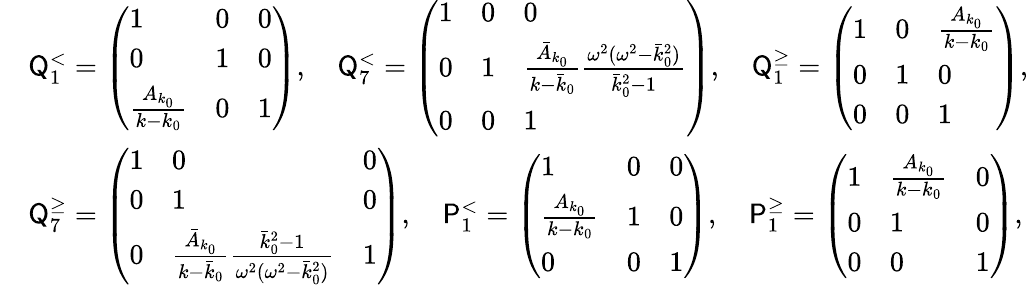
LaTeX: \begin{array}{rl}&{\mathsf{Q}_{1}^{<}=\left(\begin{array}{lll}{1}&{0}&{0}\\ {0}&{1}&{0}\\ {\frac{A_{k_{0}}}{k-k_{0}}}&{0}&{1}\end{array}\right),\quad\mathsf{Q}_{7}^{<}=\left(\begin{array}{lll}{1}&{0}&{0}\\ {0}&{1}&{\frac{\bar{A}_{k_{0}}}{k-\bar{k}_{0}}\frac{\omega^{2}(\omega^{2}-\bar{k}_{0}^{2})}{\bar{k}_{0}^{2}-1}}\\ {0}&{0}&{1}\end{array}\right),\quad\mathsf{Q}_{1}^{\geq}=\left(\begin{array}{lll}{1}&{0}&{\frac{A_{k_{0}}}{k-k_{0}}}\\ {0}&{1}&{0}\\ {0}&{0}&{1}\end{array}\right),}\\ &{\mathsf{Q}_{7}^{\geq}=\left(\begin{array}{lll}{1}&{0}&{0}\\ {0}&{1}&{0}\\ {0}&{\frac{\bar{A}_{k_{0}}}{k-\bar{k}_{0}}\frac{\bar{k}_{0}^{2}-1}{\omega^{2}(\omega^{2}-\bar{k}_{0}^{2})}}&{1}\end{array}\right),\quad\mathsf{P}_{1}^{<}=\left(\begin{array}{lll}{1}&{0}&{0}\\ {\frac{A_{k_{0}}}{k-k_{0}}}&{1}&{0}\\ {0}&{0}&{1}\end{array}\right),\quad\mathsf{P}_{1}^{\geq}=\left(\begin{array}{lll}{1}&{\frac{A_{k_{0}}}{k-k_{0}}}&{0}\\ {0}&{1}&{0}\\ {0}&{0}&{1}\end{array}\right),}\end{array}